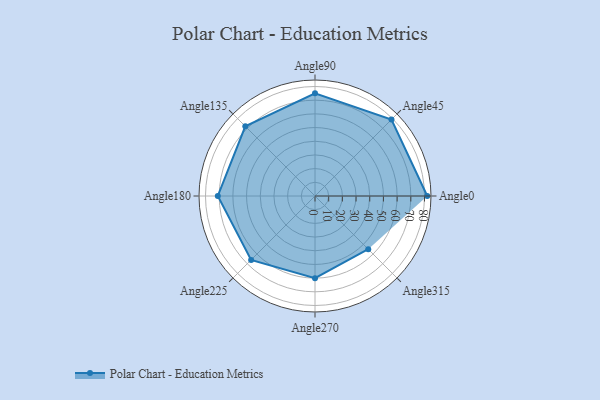
{"axis": {"x": "Angle", "y": "Radius"}, "legend": [""], "data": [{"x": "Angle0", "y": 82.0, "type": ""}, {"x": "Angle45", "y": 79.0, "type": ""}, {"x": "Angle90", "y": 75.0, "type": ""}, {"x": "Angle135", "y": 72.0, "type": ""}, {"x": "Angle180", "y": 71.0, "type": ""}, {"x": "Angle225", "y": 66.0, "type": ""}, {"x": "Angle270", "y": 60.0, "type": ""}, {"x": "Angle315", "y": 55.0, "type": ""}]}